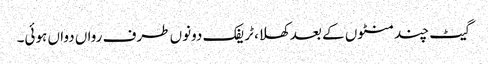
گیٹ چند منٹوں کے بعد کھلا، ٹریفک دونوں طرف رواں دواں ہوئی۔